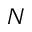
N